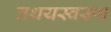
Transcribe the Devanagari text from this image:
तथयस्वरूप